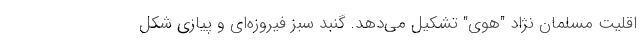
اقلیت مسلمان نژاد "هوی" تشکیل می‌دهد. گنبد سبز فیروزه‌ای و پیازی شکل